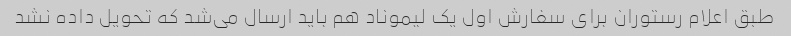
طبق اعلام رستوران برای سفارش اول یک لیموناد هم باید ارسال می‌شد که تحویل داده نشد